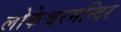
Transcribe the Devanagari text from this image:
लोकेश्वरमन्दिर